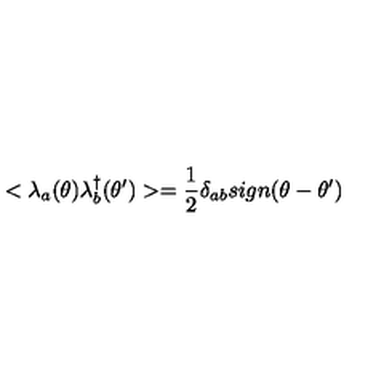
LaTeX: < \lambda _ { a } ( \theta ) \lambda _ { b } ^ { \dag } ( \theta ^ { \prime } ) > = \frac { 1 } { 2 } \delta _ { a b } s i g n ( \theta - \theta ^ { \prime } )